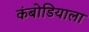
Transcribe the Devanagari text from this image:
कंबोडियाला